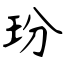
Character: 玢